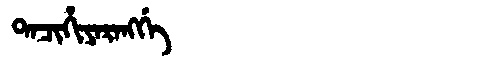
Manchu: ᡨᠠᠴᡳᡥᡳᠶᠠᡵᠠᠩᡤᡝ
Romanization: TACIHIYARANGGE